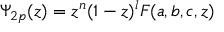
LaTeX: \Psi _ { 2 p } ( z ) = z ^ { n } ( 1 - z ) ^ { l } F ( a , b , c , z )